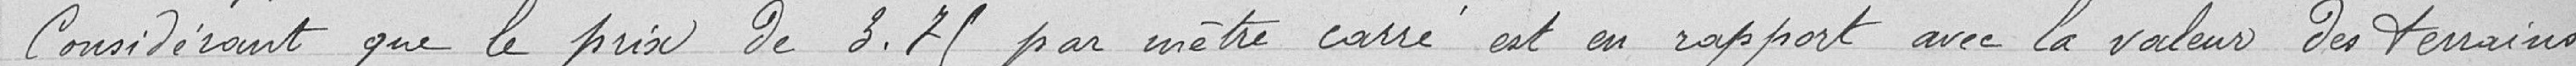
Considérant que le prix de 3.75 par mètre carré est en rapport avec la valeur des terrains